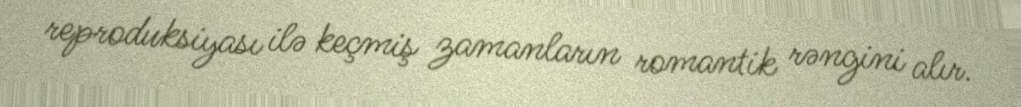
reproduksiyası ilə keçmiş zamanların romantik rəngini alır.